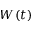
W ( t )